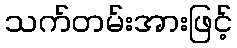
သက်တမ်းအားဖြင့်